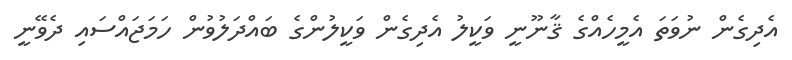
އެދިގެން ނުވަތަ އެމީހެއްގެ ޤާނޫނީ ވަކީލު އެދިގެން ވަކީލުންގެ ބައްދަލުވުން ހަމަޖައްސައި ދެވޭނީ